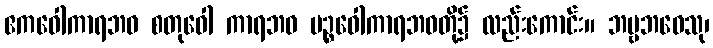
ဧကဝေါကာရဘဝ စတုဝေါ ကာရဘဝ ပဉ္စဝေါကာရဘဝတို့၌ လည်းကောင်း။ ဘဗ္ဗဘဝေသု၊